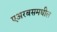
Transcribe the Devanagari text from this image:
एअरबसमधील